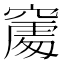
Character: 𥧻